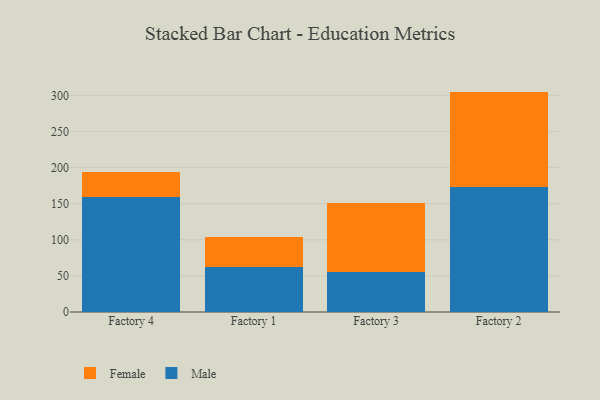
{"axis": {"x": "Factory", "y": "Population (Million)"}, "legend": ["Female", "Male"], "data": [{"x": "Factory 4", "y": 159.1, "type": "Male"}, {"x": "Factory 4", "y": 34.9, "type": "Female"}, {"x": "Factory 1", "y": 61.7, "type": "Male"}, {"x": "Factory 1", "y": 42.0, "type": "Female"}, {"x": "Factory 3", "y": 55.9, "type": "Male"}, {"x": "Factory 3", "y": 95.3, "type": "Female"}, {"x": "Factory 2", "y": 173.0, "type": "Male"}, {"x": "Factory 2", "y": 132.2, "type": "Female"}]}